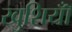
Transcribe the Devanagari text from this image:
खुशियॉँ